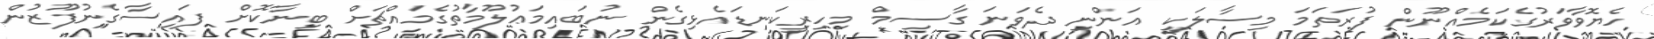
ހެޔޮވާވަރުގެކަމެއްނޫން ފުރަތަމަ މިސާލަކީ އަންނި ދެވަނަ ގާސިމް މިހިރީކަނޑައެޅިގެން ނުބައިމަޢުލޫމާތުގެމައްޗަށް ބިނާކޮށް ފައިސާގެނުފޫޒުން